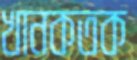
খানকতক